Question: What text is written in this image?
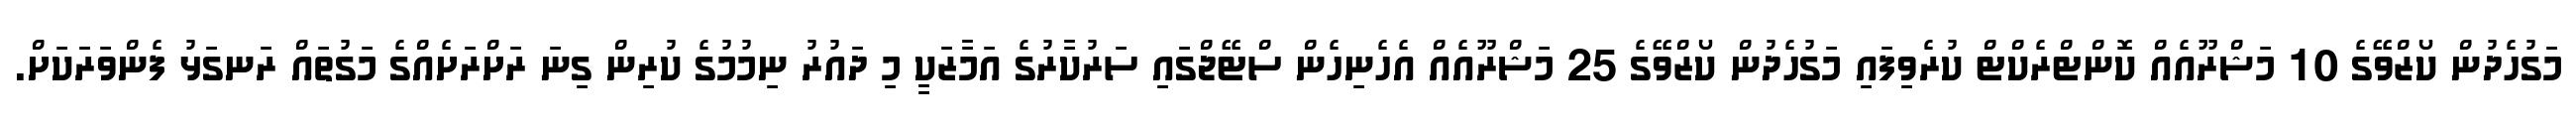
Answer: މަގުހެދުން ކޯޒްވޭގެ 10 މަޝްރޫއެއް ކޮންޓްރެކްޓް ކުރެވިފައި މަގުހެދުން ކޯޒްވޭގެ 25 މަޝްރޫއެއް އެހެނިހެން ސްޓޭޖްގައި ސަރުކާރުގެ އަމާޒަކީ މި ދައުރު ނިމުމުގެ ކުރިން ގިނަ ރަށްރަށެއްގެ މަގުތައް ރަނގަޅު ފެންވަރަކަށް.